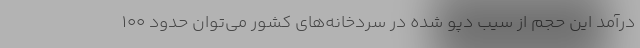
درآمد این حجم از سیب دپو شده در سردخانه‌های کشور می‌توان حدود ۱۰۰